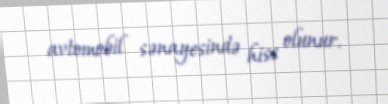
avtomobil sənayesində hiss olunur.